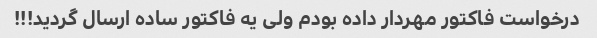
درخواست فاکتور مهردار داده بودم ولی یه فاکتور ساده ارسال گردید!!!